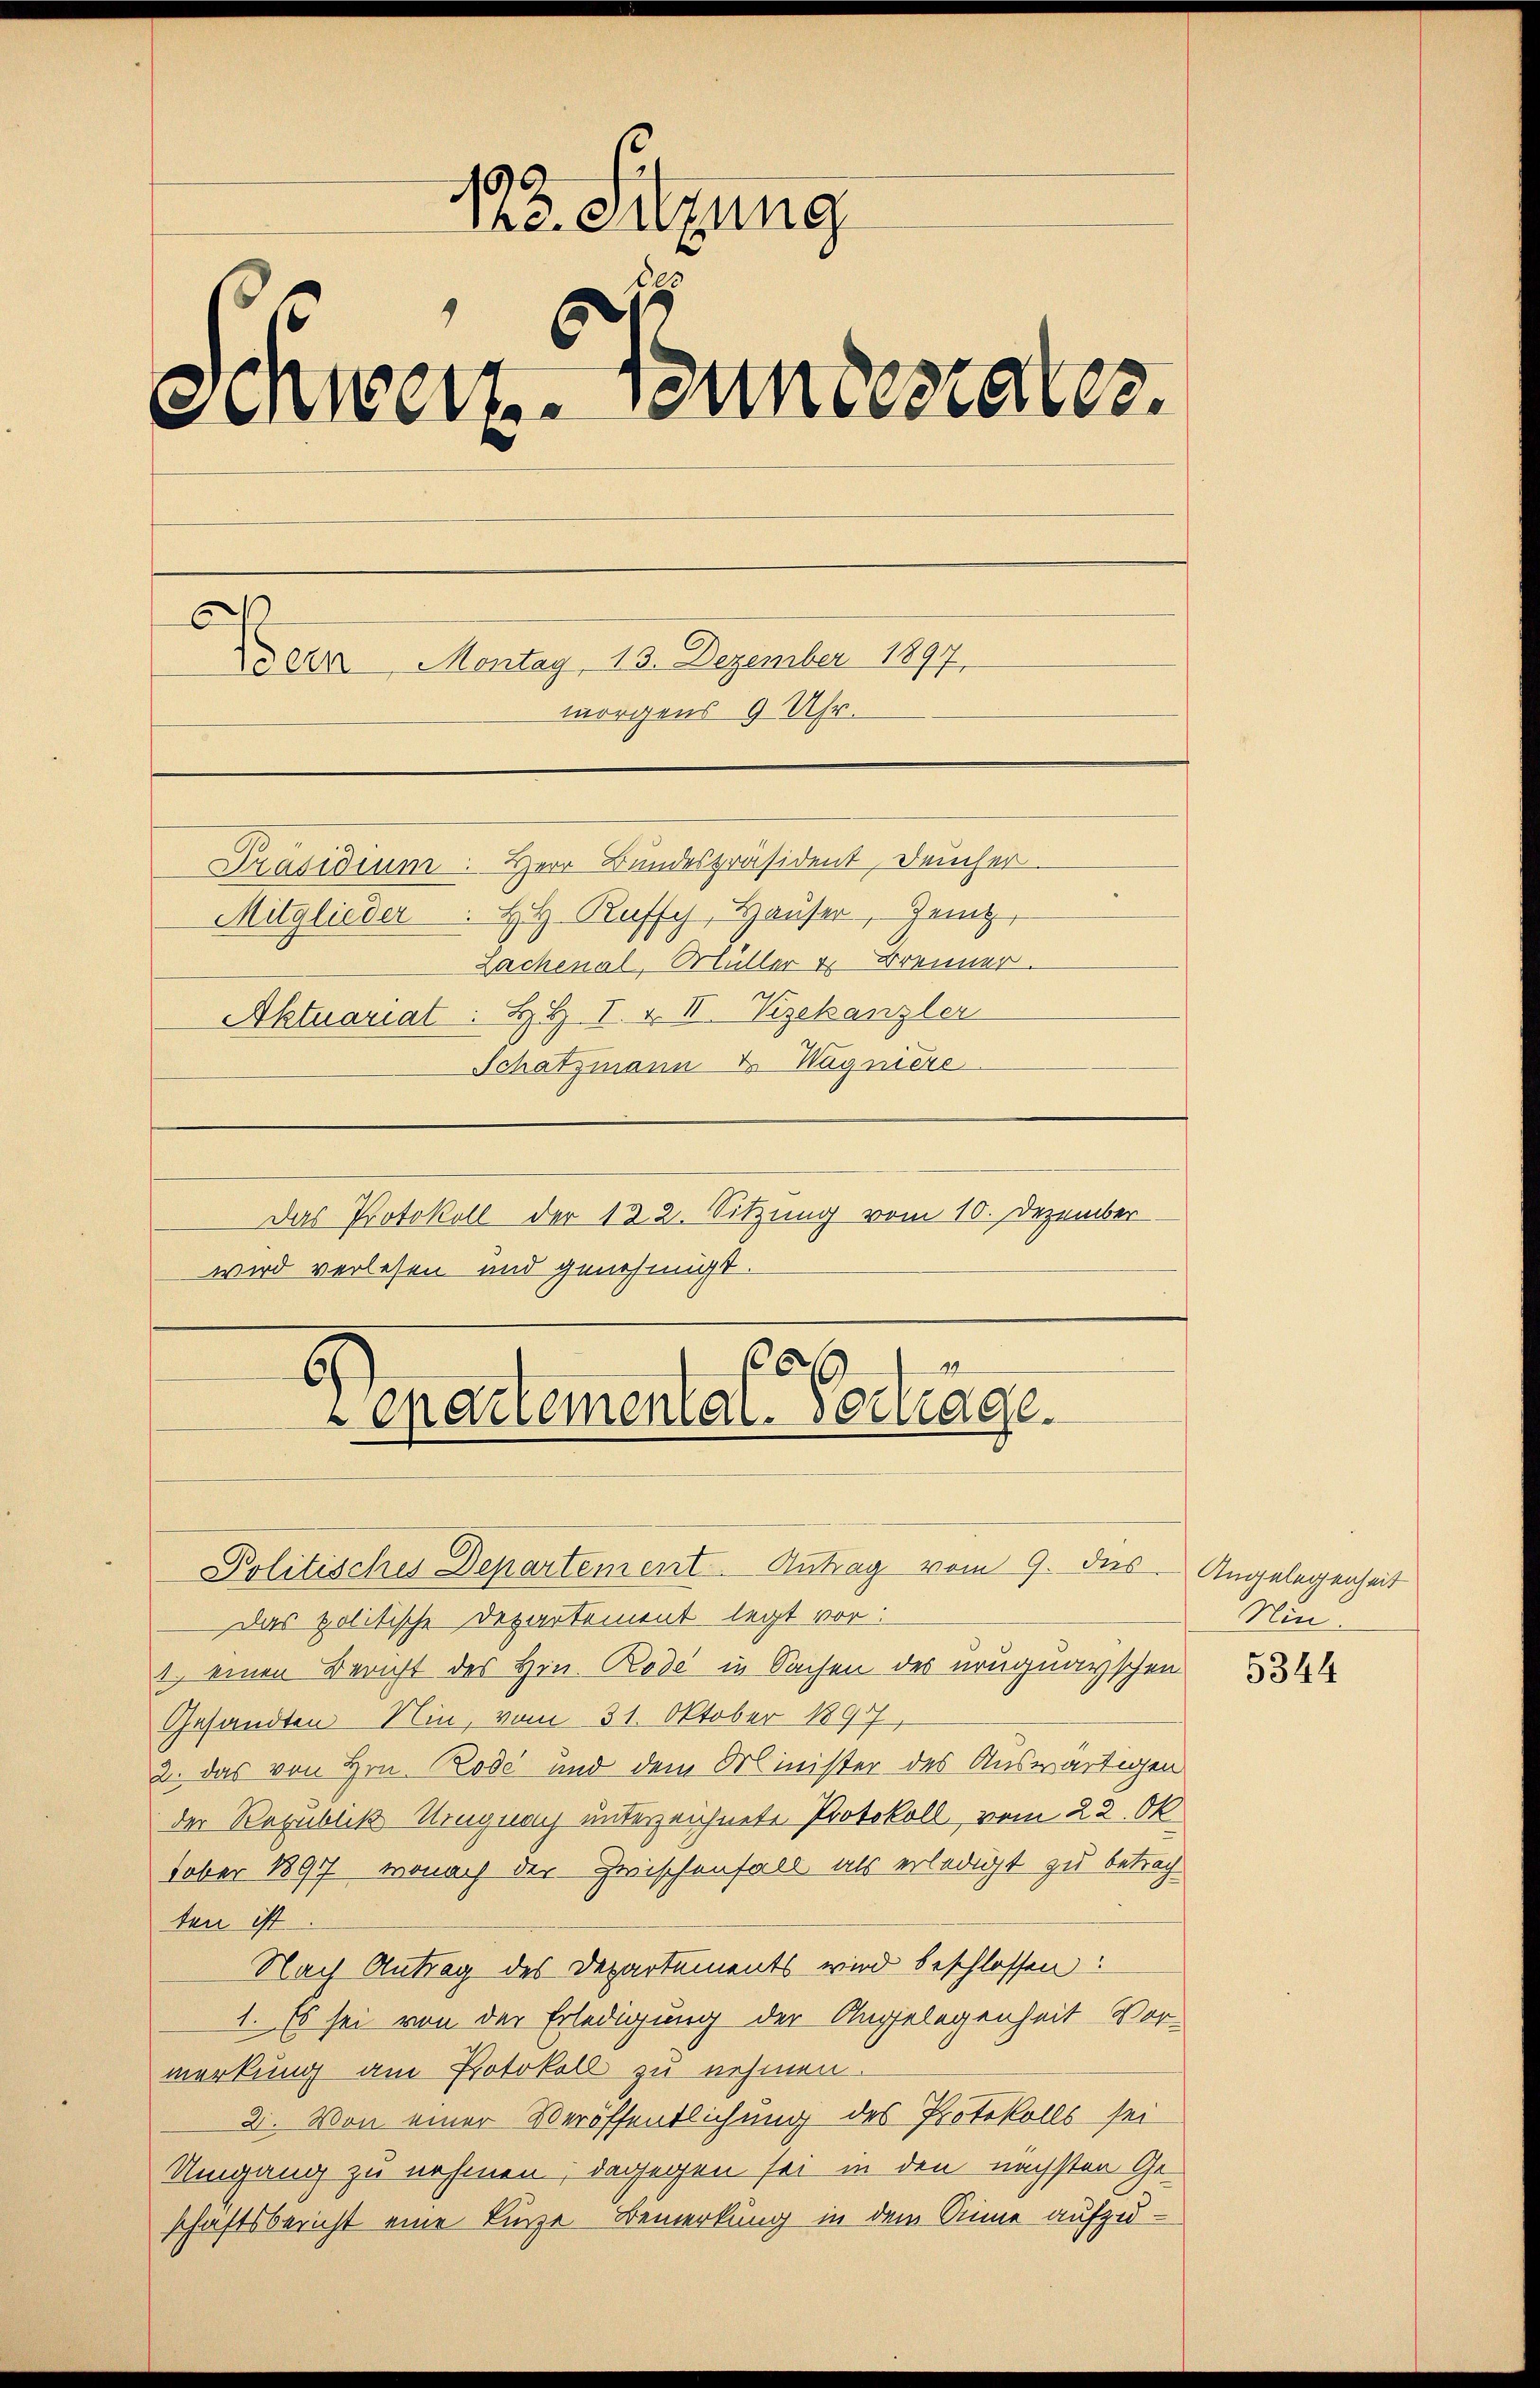
193. Sitzung
Schweiz. Bundesrates.
C
De 2 Montag, 13. Dezember 1897
morgens 9 Uhr.
Präsidium. Herr Bundespräsident, Deucher
Mitglieder  ..  HH. Ruffy, Hauser, Geng
Lachenal, Müller u Brenner.
Aktuariat: H. H. I. u. II. Vizekanzler
Schatzmann & Wagniere

Das Protokoll der 122. Sitzung vom 10. Dezember
wird verlesen und genehmigt.

a
Lepartemental. Sage.

Politisches Departement Antrag vom 9. des Angelegenheit
Das politische Departement legt vor:
1. einen Bericht des Hin. Bode in Sachen des uruguayschen
Gesandten Nin, vom 31. Oktober 1897
2. das von Hrn. Rode und dem Minister des Auswärtigen
der Republik Uruguay unterzeichnete Protokoll, vom 22. Ok
tober 1897, wonach der Zwischenfall als erledigt zu betrach
ten ist
Nach Antrag des Departements wird beschlossen:
1. Es sei von der Erledigung der Angelegenheit Vor-
merkung am Protokoll zu nehmen.
2. Von einer Veröffentlichung des Protokolls sei
Umgang zu nehmen; dagegen sei in den nächsten Geschaftsbericht eine Linze Bemerkung in dem Sinne aufzu¬

Nin.

5344